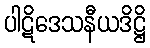
ပါဋိဒေသနီယဒိဋ္ဌိ